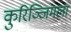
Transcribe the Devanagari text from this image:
कुरिञ्जिमला